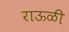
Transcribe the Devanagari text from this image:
राऊळी